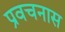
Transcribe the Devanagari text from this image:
प्रवचनास